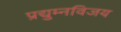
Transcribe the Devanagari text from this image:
प्रद्युम्नविजय